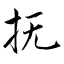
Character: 抚